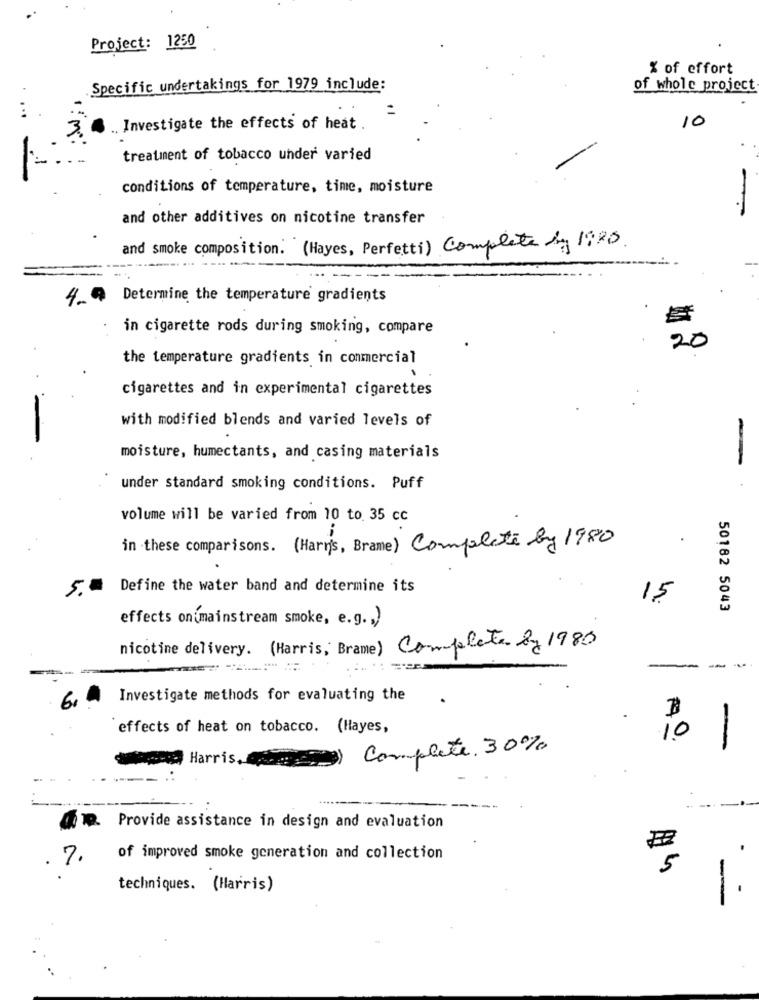
Project: 1250
% of effort
Specific undertakings for 1979 include:
of whole project
...
10
Investigate the effects of heat .
treatment of tobacco under varied
conditions of temperature, time, moisture
and other additives on nicotine transfer
and smoke composition. (Hayes, Perfetti) Complete by 1:25.
4_ @ Determine the temperature gradients
in cigarette rods during smoking, compare
20
the temperature gradients in commercial
cigarettes and in experimental cigarettes
with modified blends and varied levels of
moisture, humectants, and casing materials
-
under standard smoking conditions. Puff
volume will be varied from 10 to 35 cc
in these comparisons. (Harris, Brame) Complete by 1980
.
Define the water band and determine its
15
50182 5043
effects on mainstream smoke, e.g ., )
nicotine delivery. (Harris, Brame) Complete by 1983
1 0%
6, 0
Investigate methods for evaluating the
effects of heat on tobacco. (Hayes,
Complete. 30%
Harris.
Q. Provide assistance in design and evaluation
7.
of improved smoke generation and collection
techniques. (Harris)